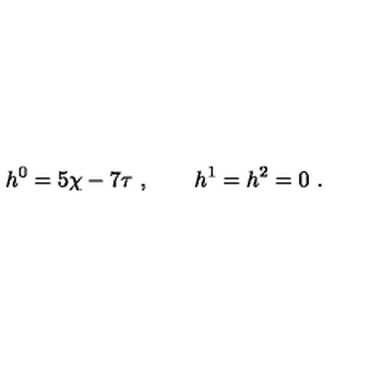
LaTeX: h ^ { 0 } = 5 \chi - 7 \tau \ , \qquad h ^ { 1 } = h ^ { 2 } = 0 \ .